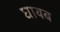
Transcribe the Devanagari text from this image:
घायब